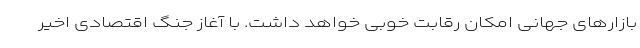
بازارهای جهانی امکان رقابت خوبی خواهد داشت. با آغاز جنگ اقتصادی اخیر